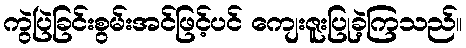
ကွဲပြဲခြင်းစွမ်းအင်ဖြင့်ပင် ကျေးဇူးပြုခဲ့ကြသည်။